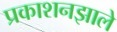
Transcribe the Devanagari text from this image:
प्रकाशनझाले